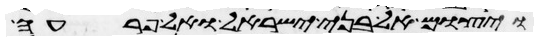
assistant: ויצום אל בני ישראל ואל פרעה